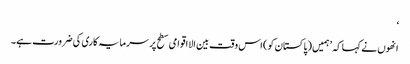
‘
انھوں نے کہا کہ ’ہمیں (پاکستان کو) اس وقت بین الااقوامی سطح پر سرمایہ کاری کی ضرورت ہے۔